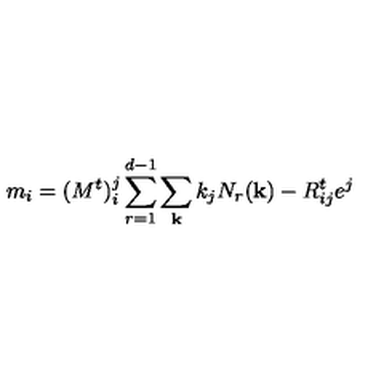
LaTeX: m _ { i } = ( M ^ { t } ) _ { i } ^ { j } \sum _ { r = 1 } ^ { d - 1 } \sum _ { \bf k } k _ { j } N _ { r } ( { \bf k } ) - R _ { i j } ^ { t } e ^ { j }